Civil Veterinary Department. Madras. Admin. report 1926-33 - 1926-1933
Year: 1926
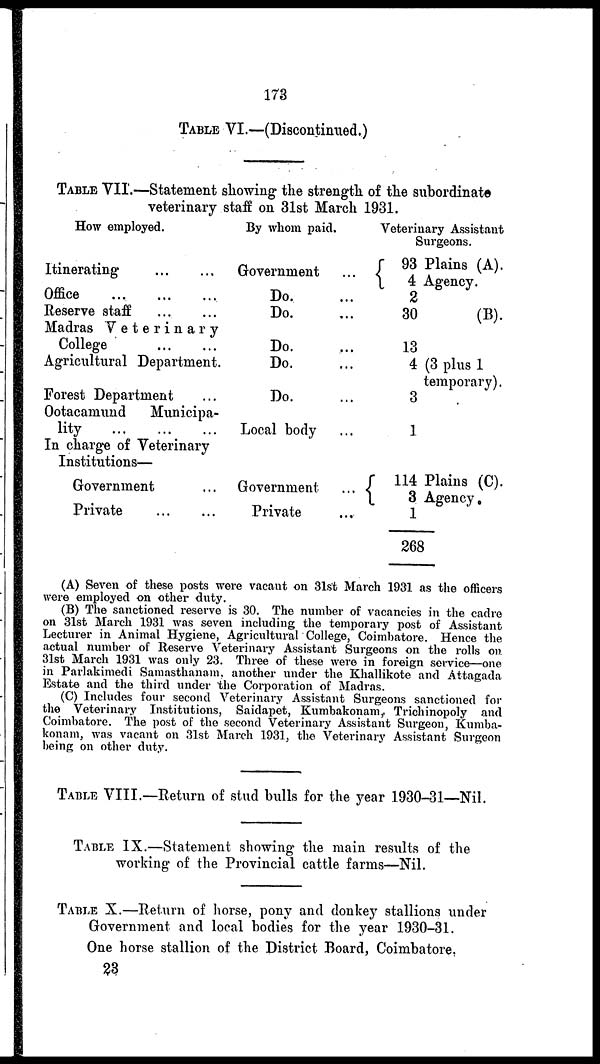
173
TABLE VI.—(Discontinued.)
TABLE VII.—Statement showing the strength of the subordinate
veterinary staff on 31st March 1931.
How employed.
Itinerating
...
...
Office
...
...
...
Reserve staff
...
...
Madras Veterinary
College
...
...
Agricultural Department.
Forest Department ...
Ootacamund
Municipa-
lity
...
...
...
In charge of Veterinary
Institutions—
Government ...
Private
...
...
By whom paid.
Government
Do.
Do.
Do.
Do.
Do.
Local body
Government
Private
Veterinary Assistant
Surgeons.
... 93 Plains (A).
4 Agency.
... 2
... 30
(B).
... 13
... 4 (3 plus 1
temporary).
... 3
... 1
114 Plains (C).
...
3 Agency.
... 1
268
(A) Seven of these posts wore vacant on 31st March 1931 as the officers
were employed on other duty.
(B) The sanctioned reserve is 30. The number of vacancies in the cadre
on 31st March 1931 was seven including the temporary post of Assistant
Lecturer in Animal Hygiene, Agricultural College, Coimbatore. Hence the
actual number of Reserve Veterinary Assistant Surgeons on the rolls on
31st March 1931 was only 23. Three of these were in foreign service—one
in Parlakimedi Samasthanam. another under the Khallikote and Attagada
Estate and the third under the Corporation of Madras.
(C) Includes four second Veterinary Assistant Surgeons sanctioned for
the Veterinary Institutions, Saidapet, Kumbakonam, Trichinopoly and
Coimbatore. The post of the second Veterinary Assistant Surgeon, Kumba-
konam, was vacant on 31st March 1931, the Veterinary Assistant Surgeon
being on other duty.
TABLE VIII.—Return of stud bulls for the year 1930-31—Nil.
TABLE IX.—Statement showing the main results of the
working of the Provincial cattle farms—Nil.
TABLE X.—Return of horse, pony and donkey stallions under
Government and local bodies for the year 1930-31.
One horse stallion of the District Board, Coimbatore
23